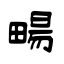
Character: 畼